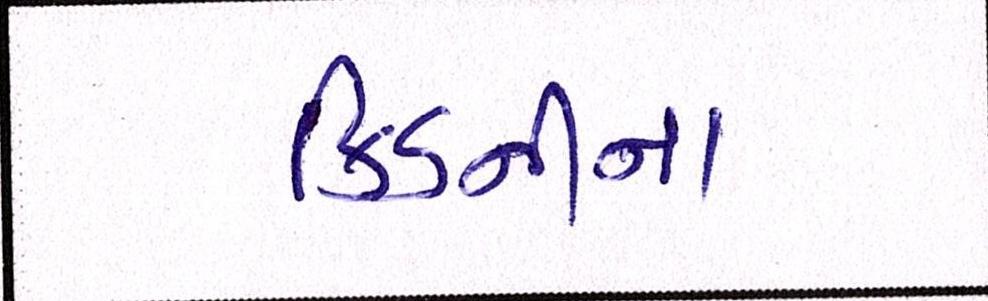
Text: કિડનીના